Lock hospitals Punjab
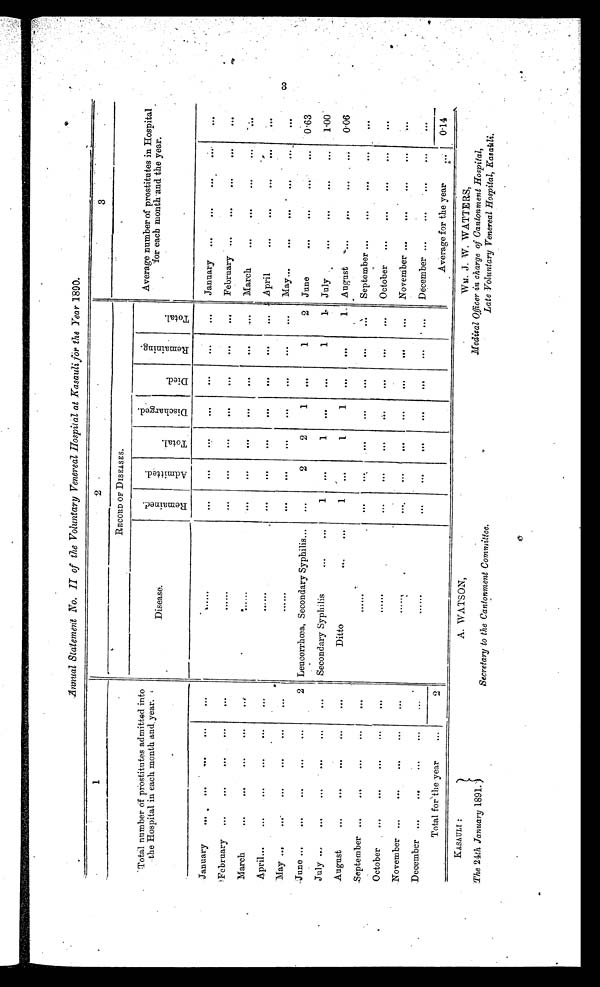
Annual Statement No. II of the Voluntary Venereal Hospital at Kasauli for the Year 1890.
1
2
3
Total number of prostitutes admitted into
the Hospital in each month and year.
RECORD OF DISEASES.
Average number of prostitutes in Hospital
for each month and the year.
Disease.
R e m a i n e d .
A d m i t t e d .
T o t a l .
D i s c h a r g e d .
D i e d .
R e m a i n i n g .
T o t a l .
January
...
. . .
. . .
. . .
. . .
. . . . . .
. . .
...
. . .
. . .
...
. . .
. . .
January
. . .
. . .
. . .
...
. . .
February
...
. . .
. . .
. . .
...
. . . . . .
. . .
. . .
. . .
. . .
. . .
. . .
. . .
February ...
. . .
. . .
. . .
. . .
March
...
. . .
. . .
. . .
. . .
......
. . .
. . .
. . .
. . .
. . .
...
. . .
March
. . .
. . .
. . .
. . .
. . .
April...
...
. . .
. . .
. . .
. . .
. . . . . .
. . .
. . .
. . .
. . .
. . .
. . .
. . .
April
. . .
. . .
. . .
. . .
. . .
May...
...
. . .
. . .
. . .
...
. . . . . .
. . .
. . .
. . .
. . .
. . .
. . .
. . .
May...
. . .
. . .
. . .
. . . . . .
June ...
...
. . .
. . .
. . .
2 Leucorrhœa, Secondary Syphilis...
. . .
2
2
1
. . .
1
2
June
. . .
. . .
. . .
...
0.63
July
...
. . .
...
...
. . .
Secondary Syphilis
. . . ...
1
...
1
. . .
. . .
1
1
July
. . .
. . .
. . .
...
1.00
August
...
. . .
. . .
. . .
. . .
Ditto
. . .
...
1
. . .
1
1
. . .
. . .
1
August
. . .
. . .
. . .
. . .
0.06
September ...
. . .
...
. . .
. . .
. . . . . .
. . .
...
. . .
...
. . .
. . .
. . .
September ...
. . .
...
. . .
. . .
October
...
. . .
. . .
...
. . .
......
. . .
. . .
. . .
. . .
. . .
. . .
. . .
October
...
...
. . .
...
. . .
November ...
. . .
. . .
...
. . .
. . . . . .
. . .
...
. . .
...
. . .
. . .
. . .
November . . .
. . .
. . .
. . .
. . .
D ecember ...
. . .
. . .
. . .
. . .
. . . . . .
. . .
. . .
. . .
. . .
. . .
. . .
. . .
December
. . .
. . .
...
...
. . .
Total for the year
...
2
Average for the year
0.14
3
KASAULI:
The 24th January 1891.
.
A. WATSON,
Secretary to the Cantonment Committee.
WM. J. W. SPATTERS,
Medical Officer .in charge of Cantonment Hospital,
Late Voluntary Venereal Hospital, Kasauli.